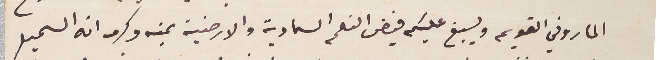
الماروني القويم ويسبغ عليكم فيض النعم السماوية والارضية بمنه وكرمه انه السميع